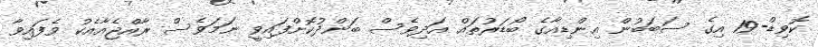
ކޮވިޑް-19 އިގެ ސަބަބުން އިންޑިއާގެ ބޯޑަރުތައް އަދިވެސް ބަންދުކޮށްފައިވީ ނަމަވެސް ރާއްޖެއާއެކު ވެފައިވާ